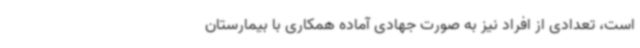
است، تعدادی از افراد نیز به صورت جهادی آماده همکاری با بیمارستان